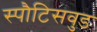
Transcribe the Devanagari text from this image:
स्पौटिसवुड